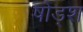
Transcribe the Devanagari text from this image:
षोड्श